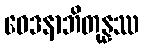
ဝေဒနာဘိတုန္နဿ